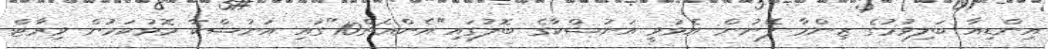
އިންޑިއާ ބަލިވުމުގެ ޒިންމާ ފޭނުން އެޅުވީ އަނުޝްކާގެ ބޮލުގައި"އެންއެޗް10"ގައި އަނުޝްކާ މޮޅުކަމުން ވިރާޓް